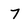
Character: 7